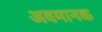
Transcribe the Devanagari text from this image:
अवमानक